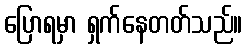
ပြောရမှာ ရှက်နေတတ်သည်။